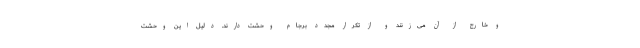
و خارج از آن می‌زنند و از تکرار مجدد برجام وحشت دارند. دلیل این وحشت